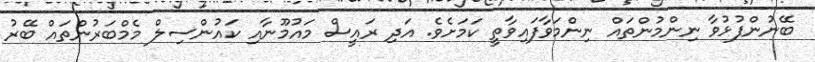
ބޭނުންފުޅުވާ ނިންމުންތައް ނިންމަވާފައިވާތީ ކަމަށެވެ. އަދި ރައީސް މައުމޫނާއި ކައުންސިލް މެމްބަރުންތައް ބޭރު